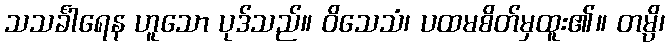
သသင်္ခါရေန ဟူသော ပုဒ်သည်။ ဝိသေသံ၊ ပထမစိတ်မှထူး၏။ တမ္ပိ၊